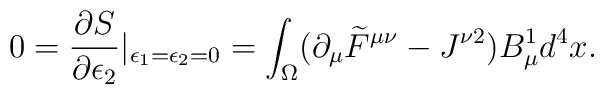
0=\frac{\partial S}{\partial\epsilon_2}|_{\epsilon_1=\epsilon_2=0}=\int_\Omega(\partial_\mu \widetilde{F}^{\mu\nu}-J^{\nu 2})B_\mu^1d^4x.